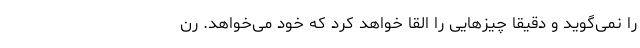
را نمی‌گوید و دقیقا چیزهایی را القا خواهد کرد که خود می‌خواهد. رن